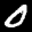
Label: 0